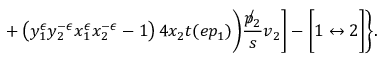
+ \left( y _ { 1 } ^ { \epsilon } y _ { 2 } ^ { - \epsilon } x _ { 1 } ^ { \epsilon } x _ { 2 } ^ { - \epsilon } - 1 \right) 4 x _ { 2 } t ( e p _ { 1 } ) \biggr ) \frac { \not p _ { 2 } } { s } v _ { 2 } \biggr ] - \biggl [ 1 \leftrightarrow 2 \biggr ] \biggr \} .